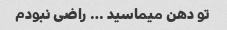
تو دهن میماسید … راضی نبودم